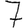
Digit: 7